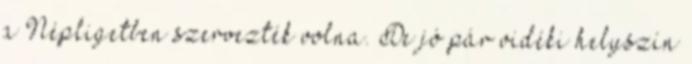
a Népligetben szervezték volna. De jó pár vidéki helyszín